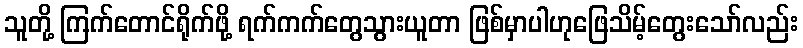
သူတို့ ကြက်တောင်ရိုက်ဖို့ ရက်ကက်တွေသွားယူတာ ဖြစ်မှာပါဟုဖြေသိမ့်တွေးသော်လည်း